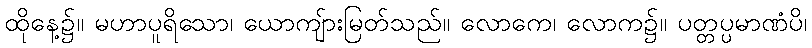
ထိုနေ့၌။ မဟာပူရိသော၊ ယောကျ်ားမြတ်သည်။ လောကေ၊ လောက၌။ ပတ္တပ္ပမာဏံပိ၊